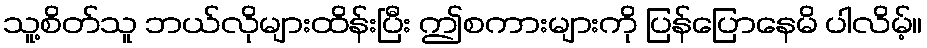
သူ့စိတ်သူ ဘယ်လိုများထိန်းပြီး ဤစကားများကို ပြန်ပြောနေမိ ပါလိမ့်။